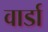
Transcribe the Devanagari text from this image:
वार्डा